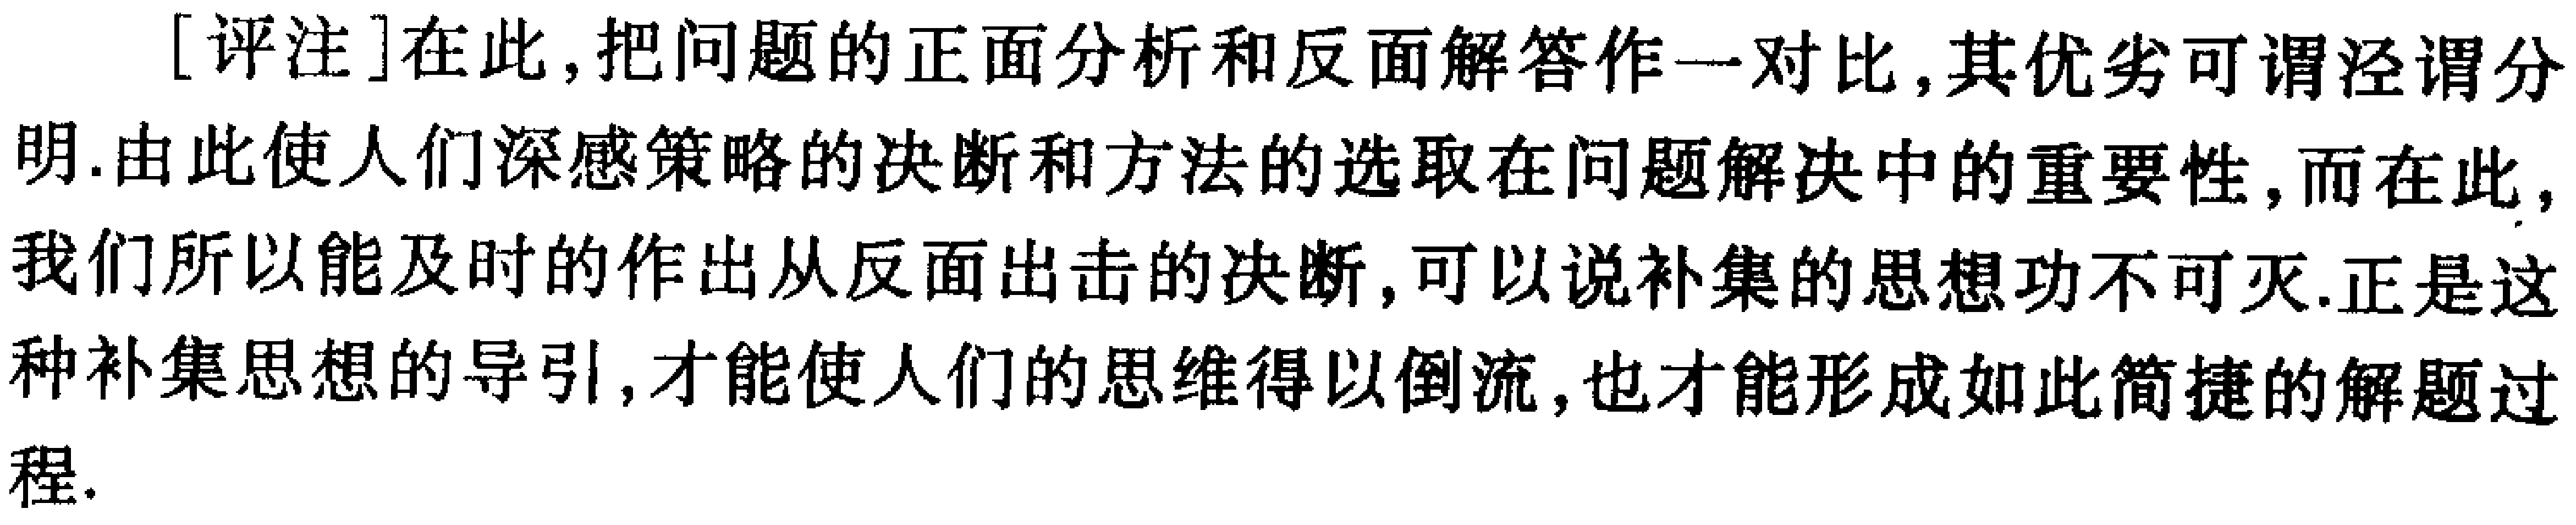
[评注]在此，把问题的正面分析和反面解答作一对比，其优劣可谓泾谓分明.由此使人们深感策略的决断和方法的选取在问题解决中的重要性，而在此，我们所以能及时的作出从反面出击的决断，可以说补集的思想功不可灭.正是这种补集思想的导引，才能使人们的思维得以倒流，也才能形成如此简捷的解题过程.